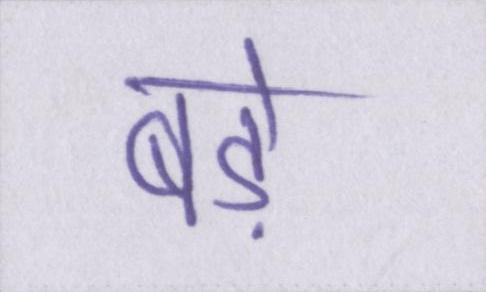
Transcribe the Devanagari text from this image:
बडे़